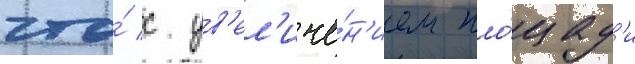
что́ с ув'ел'иче́н'ием пло́щад'и